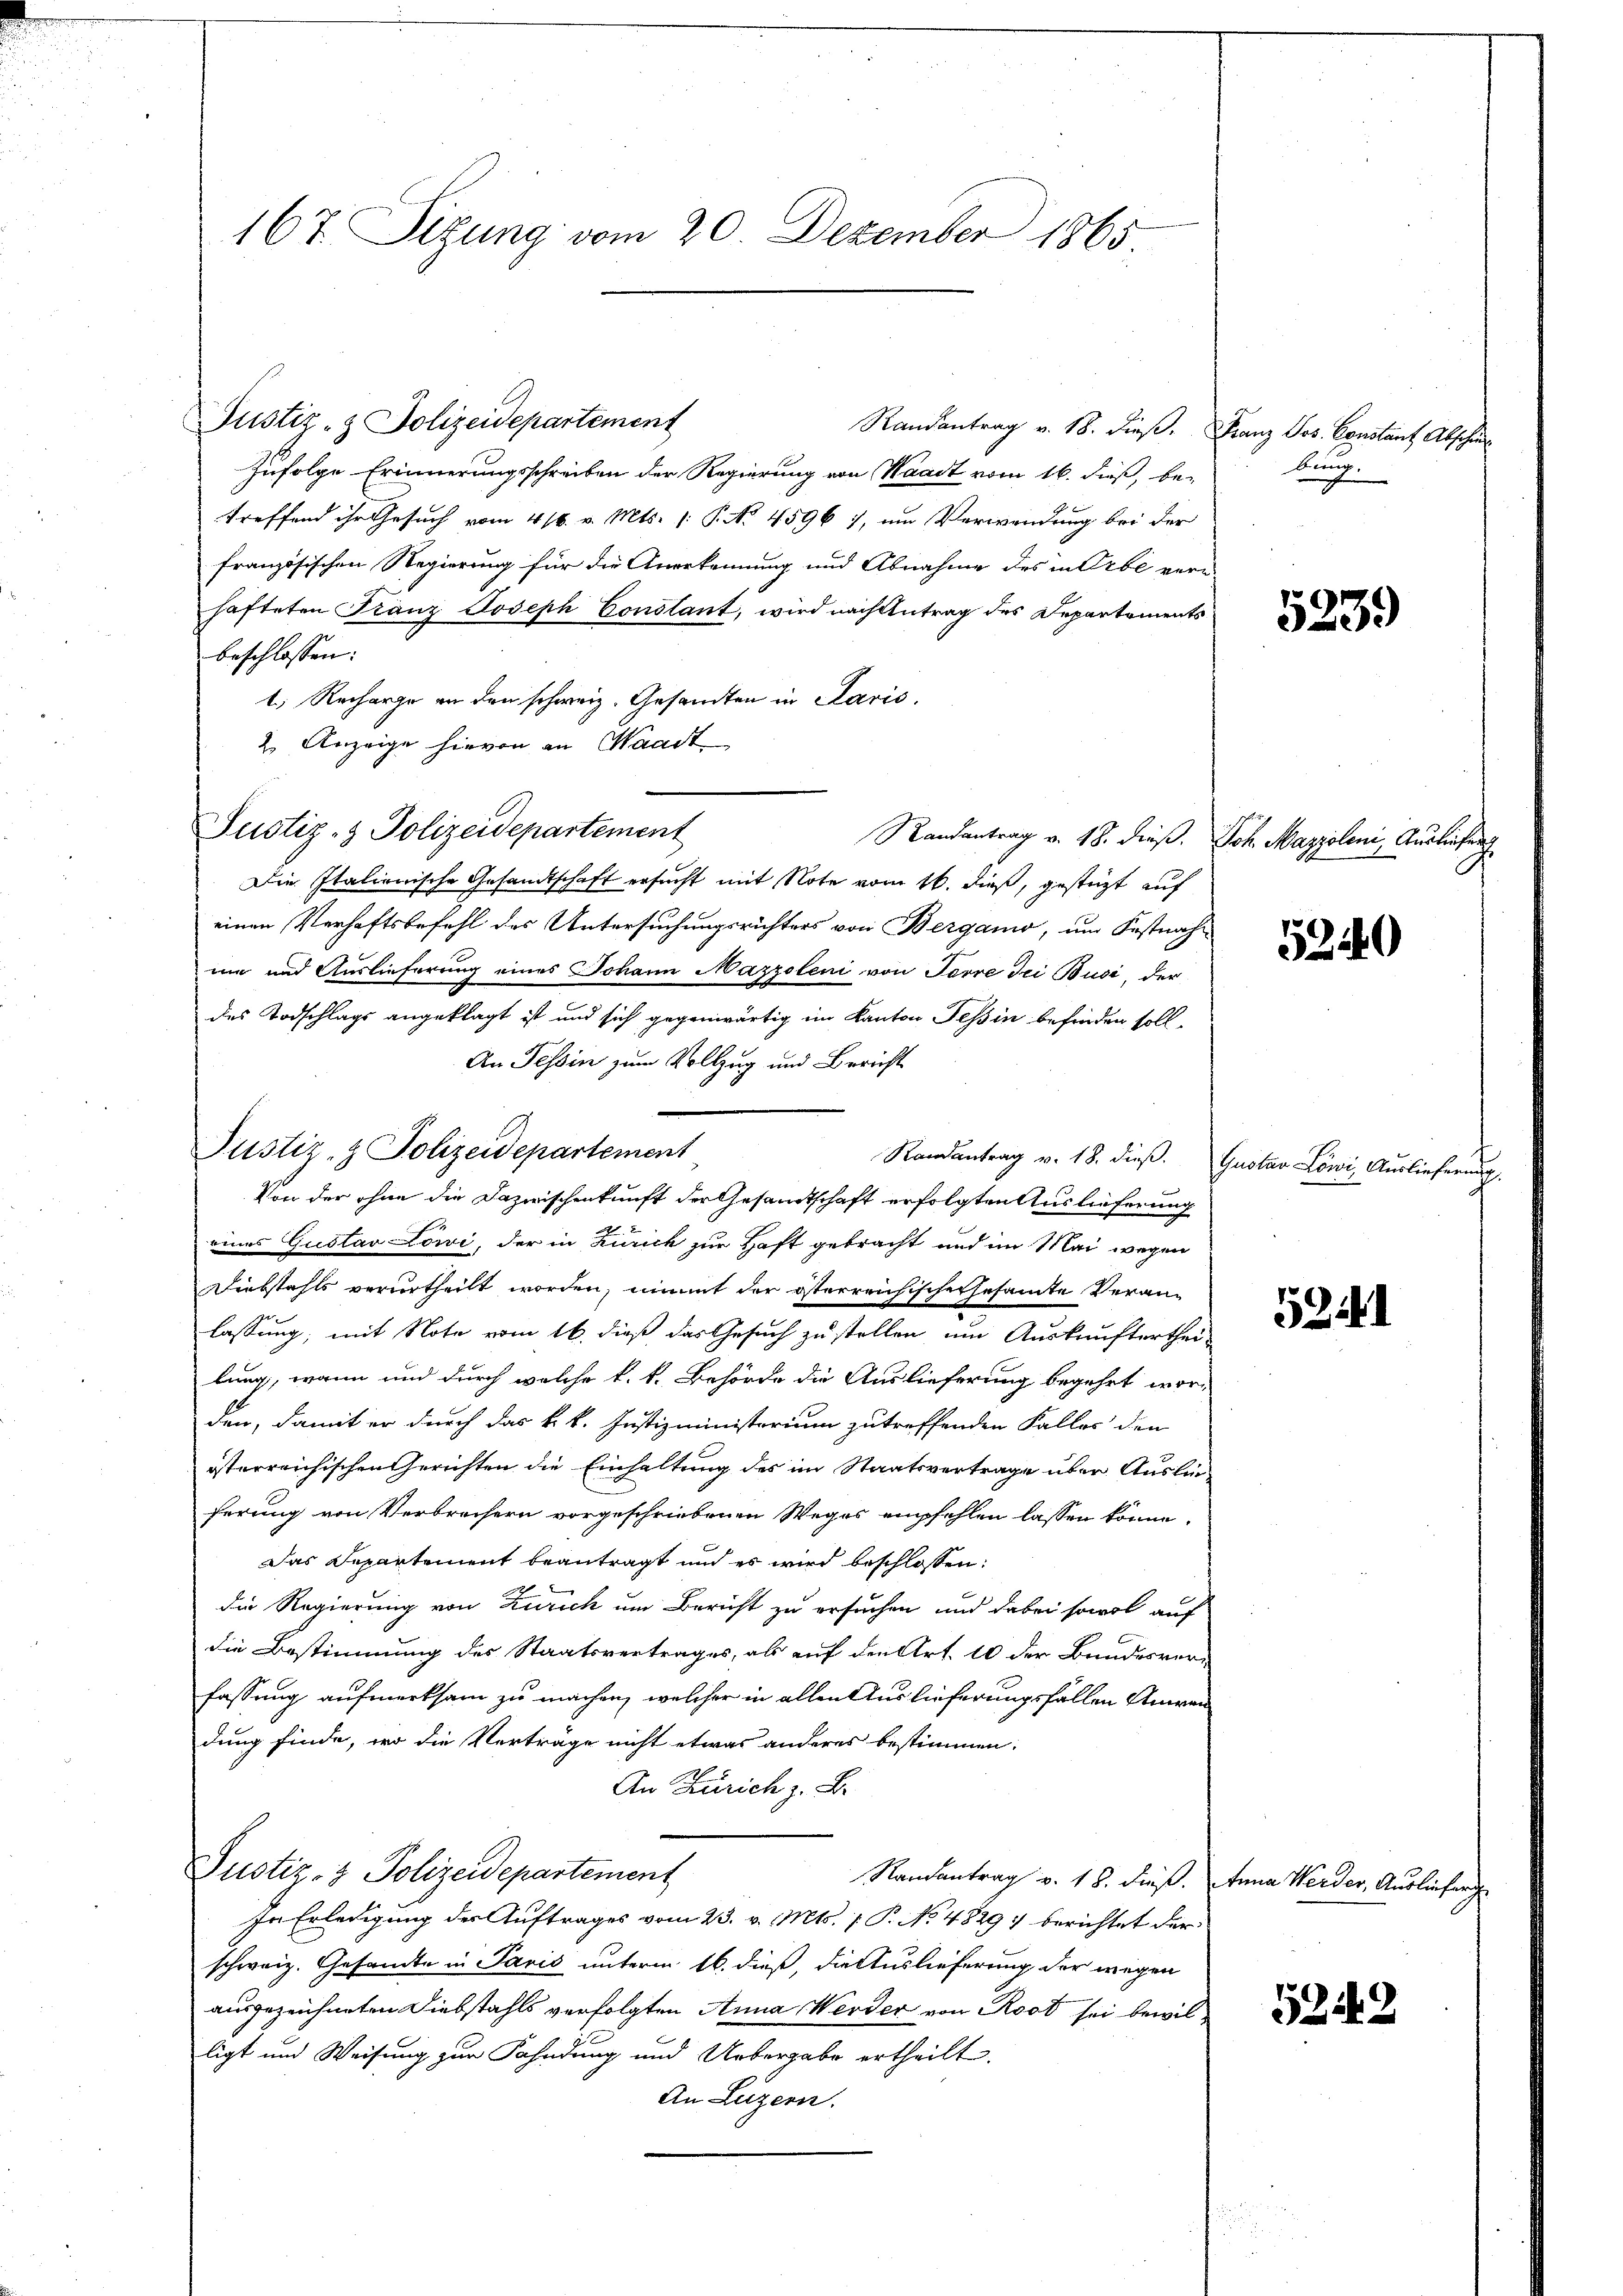
167. Sitzung vom 20. Dezember 1865

Justiz- & Polizeidepartement
Randantrag v. 18. dieß,
zufolge Erinnerungsschreiben der Regierung von Waadt vom 16. dieß, be-
treffend ihr Gesuch vom 416. v. Mts. (: P. No. 4596), um Verwendung bei der
französischen Regierung für die Anerkennung und Abnahme des in Erbe vernhafteten Franz Joseph Constant, wird nach Antrag des Departements
beschlossen:
1. Recharge an den schweiz. Gesandten in Paris.
2. Anzeige hievon an Maast
Justiz- & Polizeidepartement
Randantrag v. 48. dieß.
Die Italienische Gesandtschaft ersucht mit Note vom 16. dieß, gestützt auf
einen Verhaftsbefehl des Untersuchungsrichters von Bergano, um Festnah-
mi und Auslieferung eines Johann Mazzoleni von Ferre Bei Busi, der
des Todschlags angeklagt ist und sich gegenwärtig im Kanton Tessin befinden soll¬
An Tessin zum Vollzug und Bericht
Randantrag v. 18. dieß.
Von der ohne die Dazwischenkunft der Gesamtschaft erfolgten Auslieferung
eines Gustav Löwi, der in Zürich zur Haft gebracht und im Mai wegen
Diebstahls verurtheilt worden, nimmt der österreichische Gesamte Veranlassung, mit Note vom 16. dieß das Gesuch zu stellen um Auskaufterthei-
lung, wann und durch welche k. k. Behörde die Auslieferung begehrt wor-
den, damit er durch das k. k. Justizministorium zutreffenden Falles den
österreichischen Gerichten die Einhaltung des im Staatsvertrage über Auslieferung von Verbrechern vorgeschriebenen Weges empfehlen lassen könne.
Das Departement beantragt und es wird beschlossen:
die Regierung von Zürich um Bericht zu ersuchen und dabei sowol auf
die Bestimmung des Staatsvertrages, als auf den Art. 10 der Bundesverfassung aufmerksam zu machen, welcher in allen Auslieferungsfällen Anwen
dung finde, wo die Vertrage nicht etwas anderes bestimmen:
An Zürich z. B.
Justiz- & Polizeidepartement
Randantrag v. 18. dieß.
In Erledigung des Auftrages vom 23. v. Mts. [ P. No. 4829) berichtet der
schweiz. Gesandte in Paris unterm 16. dieß, die Auslieferung der wegen
ausgezeichneten Diebstahls verfolgten Anna Werder von Rost sei bewilligt und Weisung zur Fahndung und Uebergabe ertheilt.
An Luzern.

Justiz- & Polizeidepartement

Franz Jos. Constant Abschi
kung.

5239)

Joh. Mayzoleni Ausliefeng

52140

Gustav Löwi, Auslieferung

52

Anna Werder, Auslieferg

5242